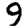
Digit: 9